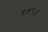
૧૪૧૩